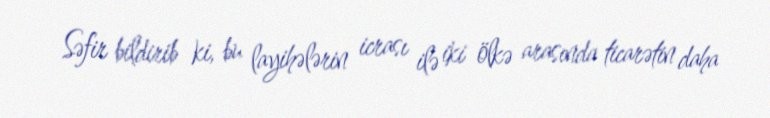
Səfir bildirib ki, bu layihələrin icrası ilə iki ölkə arasında ticarətin daha